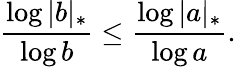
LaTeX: {\frac{\log|b|_{*}}{\log b}}\leq{\frac{\log|a|_{*}}{\log a}}.